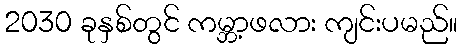
2030 ခုနှစ်တွင် ကမ္ဘာ့ဖလား ကျင်းပမည်။